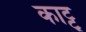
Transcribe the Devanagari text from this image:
काट्टु